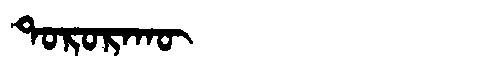
Manchu: ᡨᠣᡵᠣᡵᠠᡴᡡ
Romanization: TORORAKŪ